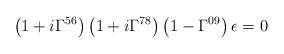
LaTeX: \begin{align*}\left(1+i\Gamma^{56}\right)\left(1+i\Gamma^{78}\right)\left(1-\Gamma^{09}\right)\epsilon=0\end{align*}